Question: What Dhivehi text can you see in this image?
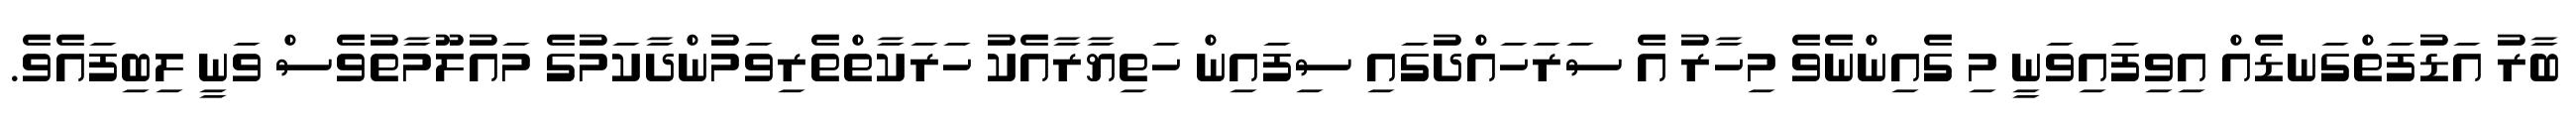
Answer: ބާރު އަޑުފަތްގަނޑެއް އިވިފައިވަނީ މި ގެއިންނެވެ މިހާރު އެ ސަރަހައްދުގައި ސިފައިން ހަތިޔާރާއެކު ހަރަކާތްތެރިވަމުންދާކަމުގެ މައުލޫމާތުވެސް ވަނީ ލިބިފައެވެ.